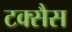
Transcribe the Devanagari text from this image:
टक्सैस